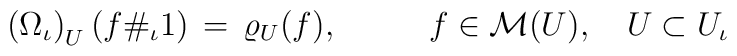
\left( \Omega_{\iota} \right)_U (f \#_{\iota } 1) \, = \,  \varrho_U(f),  \mbox{ }  \hspace{1cm} f \in {\cal M}(U), \quad U \subset U_{\iota}